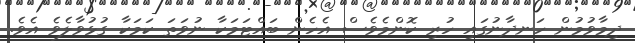
ދިމާވުމުން ހަނދާނުގައި ހުރި ކޮންމެވެސް އެހެން ބައްޓަމަކާ ނުވަތަ ކަމަކާ ގުޅުވާލެވެ އެވެ.